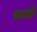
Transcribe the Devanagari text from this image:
सप्ताहो